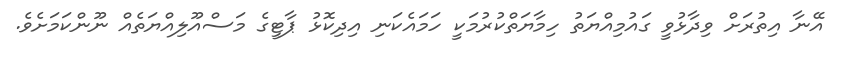
އޭނާ އިތުރަށް ވިދާޅުވީ ގައުމިއްޔަތު ހިމާޔަތްކުރުމަކީ ހަމައެކަނި އިދިކޮޅު ޕާޓީގެ މަސްއޫލިއްޔަތެއް ނޫންކަމަށެވެ.